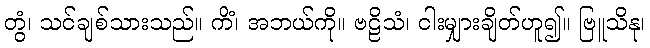
တွံ၊ သင်ချစ်သားသည်။ ကိံ၊ အဘယ်ကို။ ဗဠိသံ၊ ငါးမျှားချိတ်ဟူ၍။ ဗြူသိနု၊